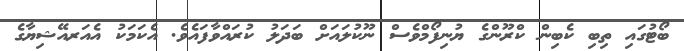
ބޯޓުގައި ތިބި ކެބިން ކްރޫންގެ ޔުނިފޯމްވެސް ނޫކުލައަށް ބަދަލު ކުރައްވާފައެވެ. އެކަމަކު އެއަރއޭޝިޔާގެ